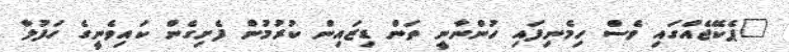
"ޕެކޭޖެއްގައި ވެސް ހިމެނިފައި ހުންނާނީ ތަން ޑިޒައިން ކުރުމުން ފެށިގެން ކައިވެނީގެ ހަފުލާ